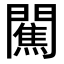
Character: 𨶲